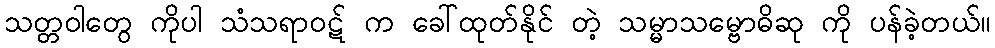
သတ္တဝါတွေ ကိုပါ သံသရာဝဋ် က ခေါ်ထုတ်နိုင် တဲ့ သမ္မာသမ္ဗောဓိဆု ကို ပန်ခဲ့တယ်။